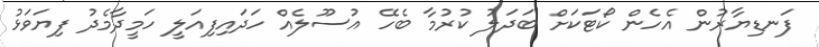
ފަނޑިޔާރުން އެހެން ކޯޓަކަށް ބަދަލު ކުރުމާ ބެހޭ އުސޫލެއް ހަދައިފިއަލީ ހަމީދާމެދު ފިޔަވަޅު